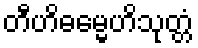
တီဟိဓမ္မေဟိသုတ္တံ